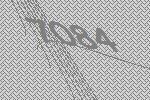
7084